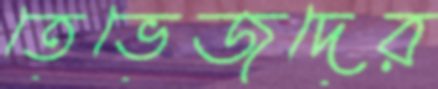
তেভেজদের